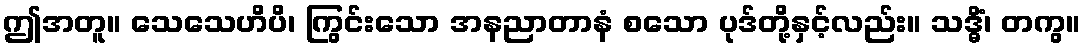
ဤအတူ။ သေသေဟိပိ၊ ကြွင်းသော အနညာတာနံ စသော ပုဒ်တို့နှင့်လည်း။ သဒ္ဓိံ၊ တကွ။